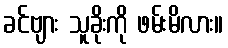
ခင်ဗျား သူခိုးကို ဖမ်းမိလား။